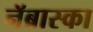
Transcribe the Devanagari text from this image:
नॅब्रास्का